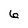
Character: 6